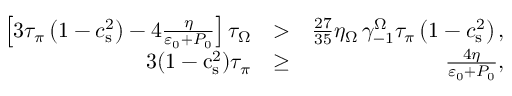
\begin{array} { r l r } { \left[ 3 \tau _ { \pi } \left( 1 - c _ { \mathrm { s } } ^ { 2 } \right) - 4 \frac { \eta } { \varepsilon _ { 0 } + P _ { 0 } } \right] \tau _ { \Omega } } & { > } & { \frac { 2 7 } { 3 5 } \eta _ { \Omega } \, \gamma _ { - 1 } ^ { \Omega } \tau _ { \pi } \left( 1 - c _ { \mathrm { s } } ^ { 2 } \right) , } \\ { 3 ( 1 - \mathrm { c } _ { \mathrm { s } } ^ { 2 } ) \tau _ { \pi } } & { \geq } & { \frac { 4 \eta } { \varepsilon _ { 0 } + P _ { 0 } } , } \end{array}